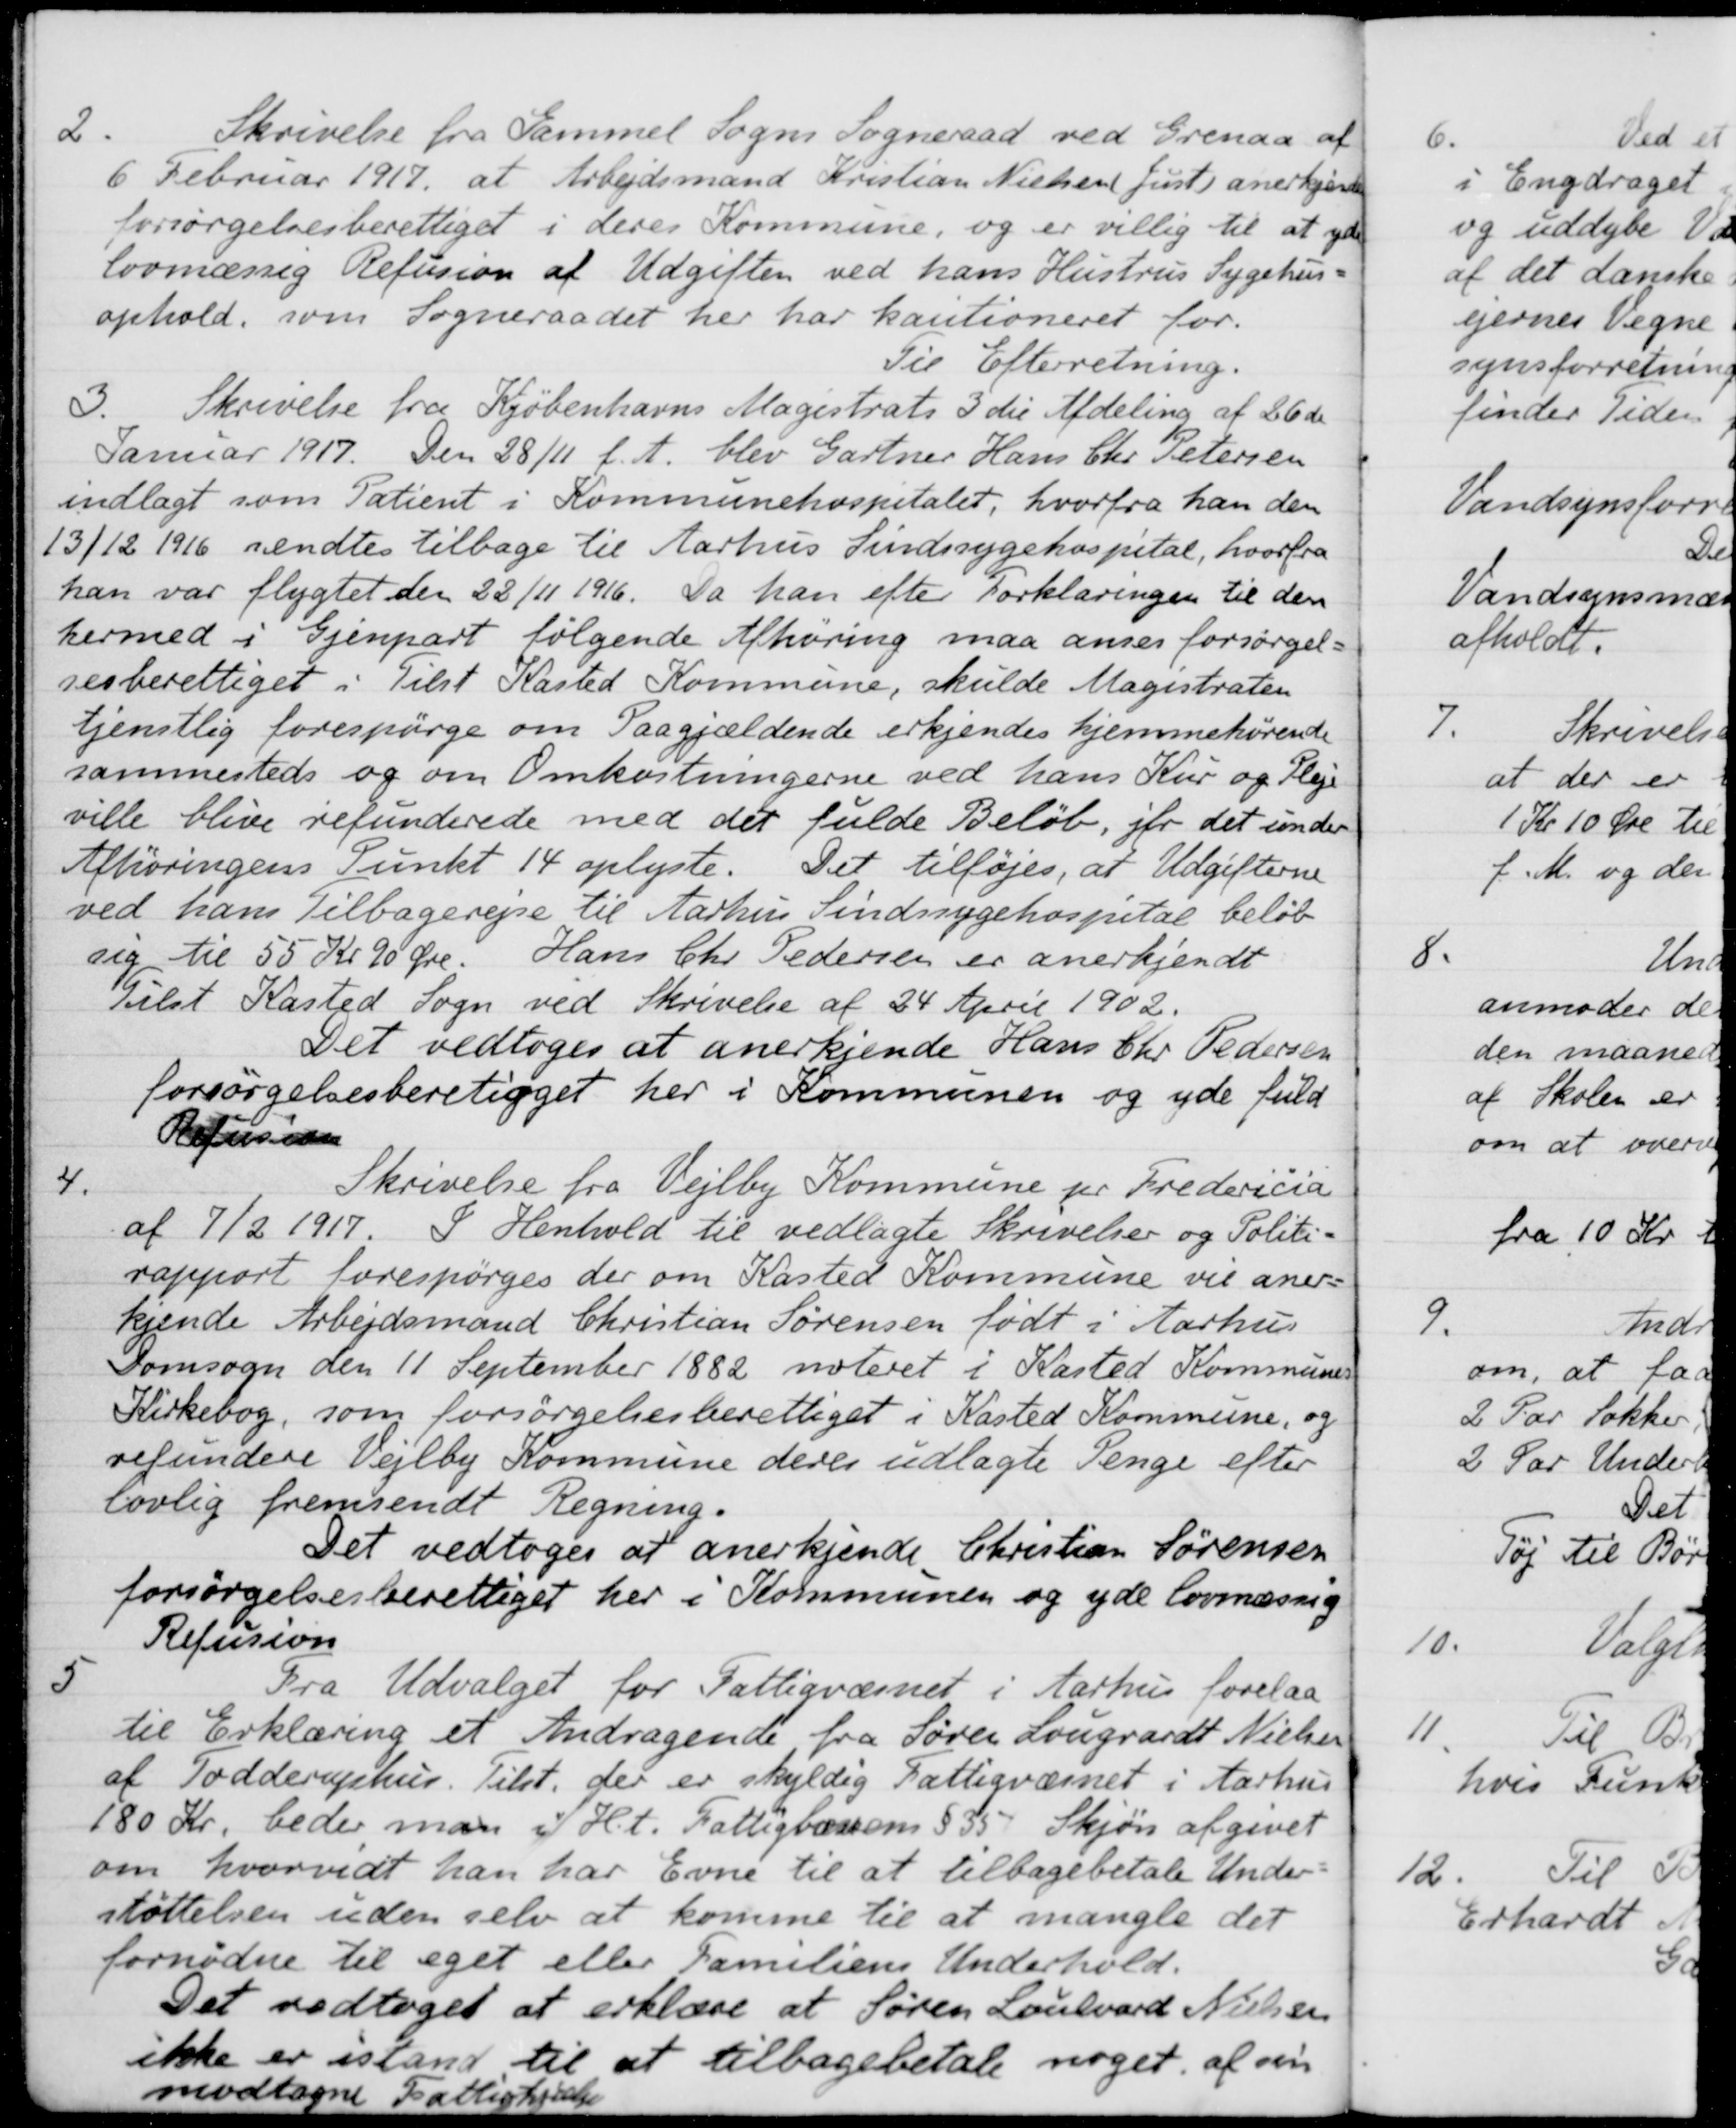
Transskription:
2.
Skrivelse fra Gammel Sogns Sogneraad ved Grenaa af
6 Februar 1917, at Arbejdsmand Kristian Nielsen Just anerkjendes
forsørgelsesberettiget i deres Kommune, og er villig til at yde
lovmæssig Refusion af Udgiften ved hans Hustrus Sygehus-
ophold, som Sogneraadet her har kautioneret for
Til Efterretning.
3.
Skrivelse fra Kjøbenhavns Magistrats 3 die Afdeling af 26 de
Januar 1917. Den 28/11 f. A. blev Gartner Hans Chr. Petersen
indlagt som Patient i Kommunehospitalet, hvorfra han den
13/12 1916 sendtes tilbage til Aarhus Sindssygehospital, hvorfra
han var flygtet den 22/11 1916. Da han efter forklaringen til den
hermed i Gjenpart følgende Afhøring maa anses forsørgel-
sesberettiget i Tilst Kasted Kommune, skulde Magistraten
tjenstlig forespørge om Paagjældende erkjendes hjemmehørende
sammesteds og om Omkostningerne ved hans Kur og Pleje
ville blive refunderede med det fulde Beløb, jfr det under
Afhøringens Punkt 14 oplyste. Det tilføjes, at Udgifterne
ved hans Tilbagerejse til Aarhus Sindssygehospital beløb
sig til 55 Kr 90 Øre. Hans Chr Pedersen er anerkjendt
Tilst Kasted Sogn ved Skrivelse af 24 April 1902.
Det vedtoges at anerkjende Hans Chr. Pedersen
forsørgelsesberetiget her i Kommunen og yde fuld
Refussion
4.
Skrivelse fra Vejlby Kommune pr Fredericia
af 7/2 1917. I Henhold til vedlagte Skrivelser og Politi-
rapport forespørges der om Kasted Kommune vil aner-
kjende Arbejdsmand Christian Sørensen født i Aarhus
Domsogn den 11 September 1882 noteret i Kasted Kommunes
Kirkebog, som forsørgelsesberettiget i Kasted Kommune, og
refundere Vejlby Kommune deres udlagte Penge efter
lovlig fremsendt Regning.
Det vedtoges at anerkjende Christian Sørensen
forsørgelsesberettiget her i Kommunen og yde lovmæssig
Refusion
5
Fra Udvalget for Fattigvæsnet i Aarhus forelaa
til Erklæring et Andragende fra Søren Lougvardt Nielsen
af Todderuphus Tilst. der er skyldig Fattigvæsnet i Aarhus
180 Kr, beder man i H.t. Fattiglovens  § 35. Skjøn afgivet
om hvorvidt han har Evne til at tilbagebetale Under
støttelsen uden selv at komme til at mangle det
fornødne til eget eller Familiens Underhold.
Det vedtoges at erklære at Søren Loulvard Nielsen
ikke er istand til at tilbagebetale noget af sin
modtagne Fattighjælp